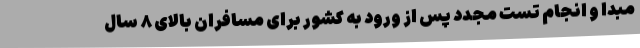
مبدا و انجام تست مجدد پس از ورود به کشور برای مسافران بالای ۸ سال